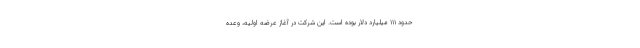
حدود ۱۱۱ میلیارد دلار بوده است. این شرکت در آغاز عرضه اولیه، وعده